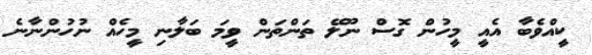
ކީއްވެބާ އެއީ މީހުން ގޮސް ނޫލޭ ތަންތަން ވީމަ ބަލާނި މީހެއް ނުހުންނާނެ